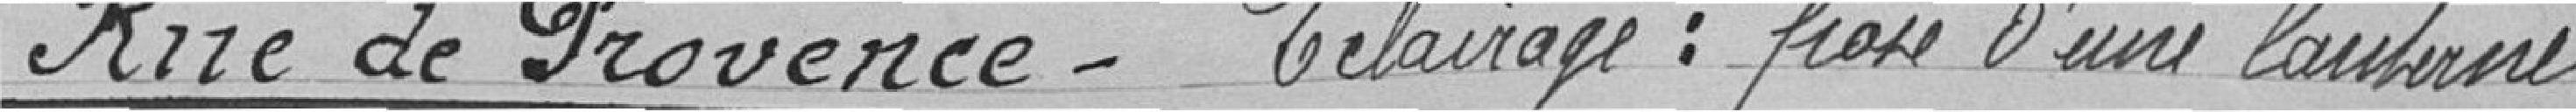
Rue de Provence- Eclairage: pose d'une lanterne .